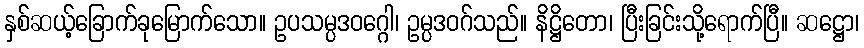
နှစ်ဆယ့်ခြောက်ခုမြောက်သော။ ဥပသမ္ပဒဝဂ္ဂေါ၊ ဥမ္ပဒဝဂ်သည်။ နိဋ္ဌိတော၊ ပြီးခြင်းသို့ရောက်ပြီ။ ဆဋ္ဌော၊